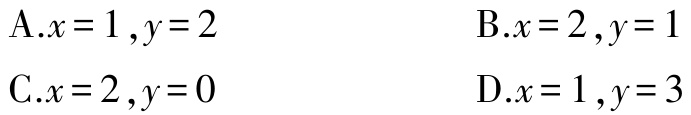
A.$x = 1,y = 2$

B.$x = 2,y = 1$

C.$x = 2,y = 0$

D.$x = 1,y = 3$